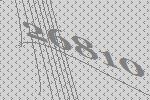
26810